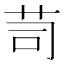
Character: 𦭡